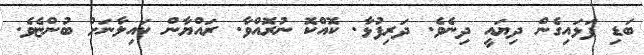
ބަޑި ފަޅައިގެން ދިޔައީ ދިނެވެ. ދަރިފުޅާ. ކޮއްކޮ ނުރޮއްވާ. ރައްޔާން ކައިލާނަށް ބުންޏެވެ.